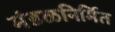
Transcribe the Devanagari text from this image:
मंडळनिर्मित